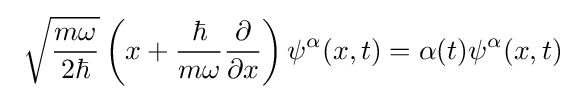
~{\sqrt {\frac {m\omega }{2\hbar }}}\left(x+{\frac {\hbar }{m\omega }}{\frac {\partial }{\partial x}}\right)\psi ^{\alpha }(x,t)=\alpha (t)\psi ^{\alpha }(x,t)~